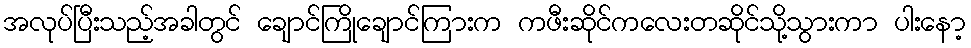
အလုပ်ပြီးသည့်အခါတွင် ချောင်ကြိုချောင်ကြားက ကဖီးဆိုင်ကလေးတဆိုင်သို့သွားကာ ပါးနော့